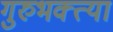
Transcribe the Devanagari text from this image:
गुरुभक्त्या